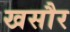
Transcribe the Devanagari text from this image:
खसौर